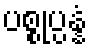
ပစ္စုပ္ပန္နံ